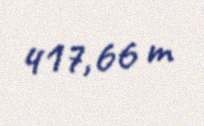
417,66 m